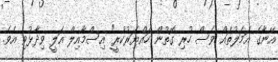
އޭނާގެ އަމަލުތައް ވެސް ހުރި ގޮތުން ހައްޔަރުކުރީ" އިސްމާއިލް އަލީ ވިދާޅުވި އެވެ.